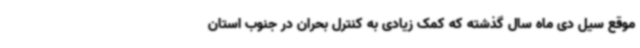
موقع سیل دی ماه سال گذشته که کمک زیادی به کنترل بحران در جنوب استان